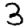
Digit: 3